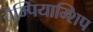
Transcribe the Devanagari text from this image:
चैम्पियाम्शिप